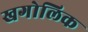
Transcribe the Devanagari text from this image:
खगोलिक